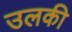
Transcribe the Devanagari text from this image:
उलकी